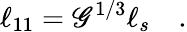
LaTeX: \ell_{11}=\mathscr{G}^{1/3}\ell_{s}\quad.